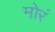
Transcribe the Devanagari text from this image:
मोरं